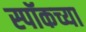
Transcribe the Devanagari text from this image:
स्पॉकच्या